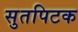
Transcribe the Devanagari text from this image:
सुतपिटक